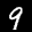
Label: 9